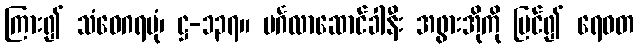
ကြား၍ သံဝေဂရပုံ၊ ဋ္ဌ-၁၃၇။ မင်္ဂလာဆောင်ခါနီး အဖွားအိုကို မြင်၍ ရေဝတ